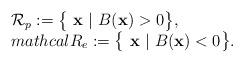
LaTeX: \begin{align*}\left. \begin{array}{l l}\mathcal{R}_p:= \big\{ \ \textbf{x} \ | \ B( \textbf{x})>0 \big\}, \ \\mathcal{R}_e:= \big\{ \ \textbf{x} \ | \ B( \textbf{x})<0 \big\}. \end{array} \right. \end{align*}